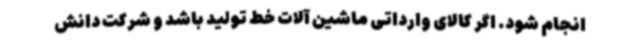
انجام شود. اگر کالای وارداتی ماشین آلات خط تولید باشد و شرکت دانش